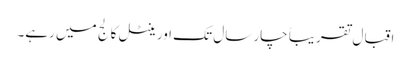
اقبال تقریباً چار سال تک اورینٹل کالج میں رہے۔